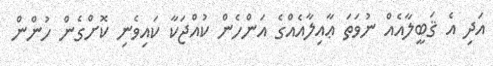
އަދި އެ ޤަބީލާއެއް ނުވަތަ ޢާއިލާއެއްގެ އަންހެން ކުއްޖަކާ ކައިވެނި ކޮށްގެން ހުންން